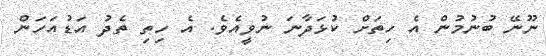
ނޫނޭ ބުނުމުން އެ ހިތަށް ކުޅަދާނަ ނުވީއެވެ. އެ ހިތި ތެދު އަޑުއަހަން